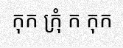
កុក ក្រុំ ក កុក